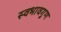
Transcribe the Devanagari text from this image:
स्वभावगुण